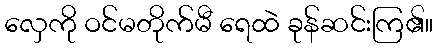
လှေကို ဝင်မတိုက်မီ ရေထဲ ခုန်ဆင်းကြ၏။